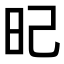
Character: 𣅗